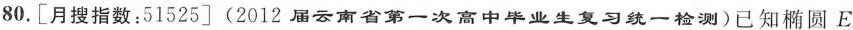
80.[月搜指数：51525](2012届云南省第一次高中毕业生复习统一检测)已知椭圆 E